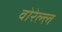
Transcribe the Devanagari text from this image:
वोरेल्ल